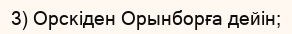
3) Орскіден Орынборға дейін;